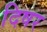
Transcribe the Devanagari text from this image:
दिषर